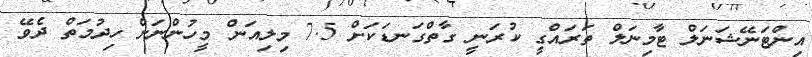
އިންޓަނޭޝަނަލް ޓާމިނަލް ތަރައްގީ ކުރަނީ ގާތްގަނޑަކަށް 7.5 މިލިއަން މީހުންނަށް ހިދުމަތް ދެވޭ